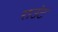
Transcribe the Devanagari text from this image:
राउंट